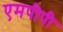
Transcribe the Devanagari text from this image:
एमपीपी